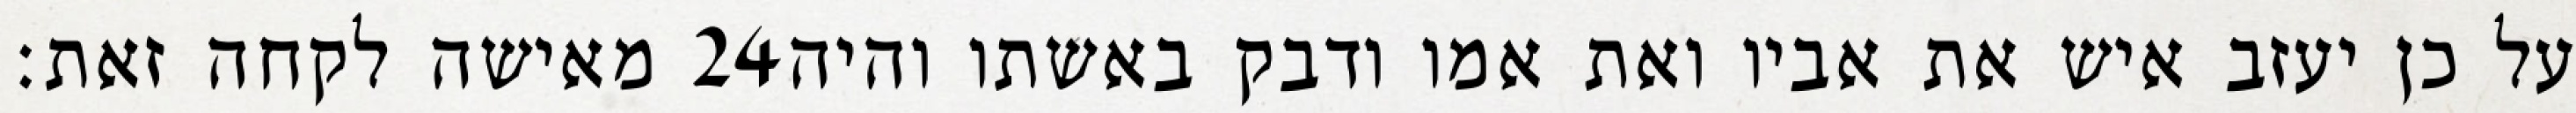
מאישה לקחה זאת׃ ‎24‏ על כן יעזב איש את אביו ואת אמו ודבק באשתו והיה